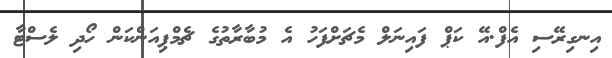
އިނގިރޭސި އެފް.އޭ ކަޕް ފައިނަލް މެޗަށްފަހު އެ މުބާރާތުގެ ޗެމްޕިއަންކަން ހޯދި ލެސްޓާ